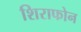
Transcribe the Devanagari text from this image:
शिराफोन